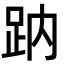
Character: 䟜